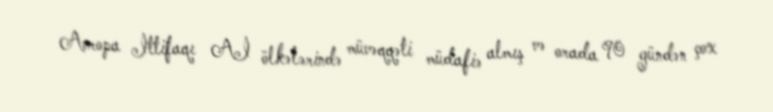
Avropa İttifaqı Aİ ölkələrində müvəqqəti müdafiə almış və orada 90 gündən çox